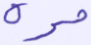
مرة